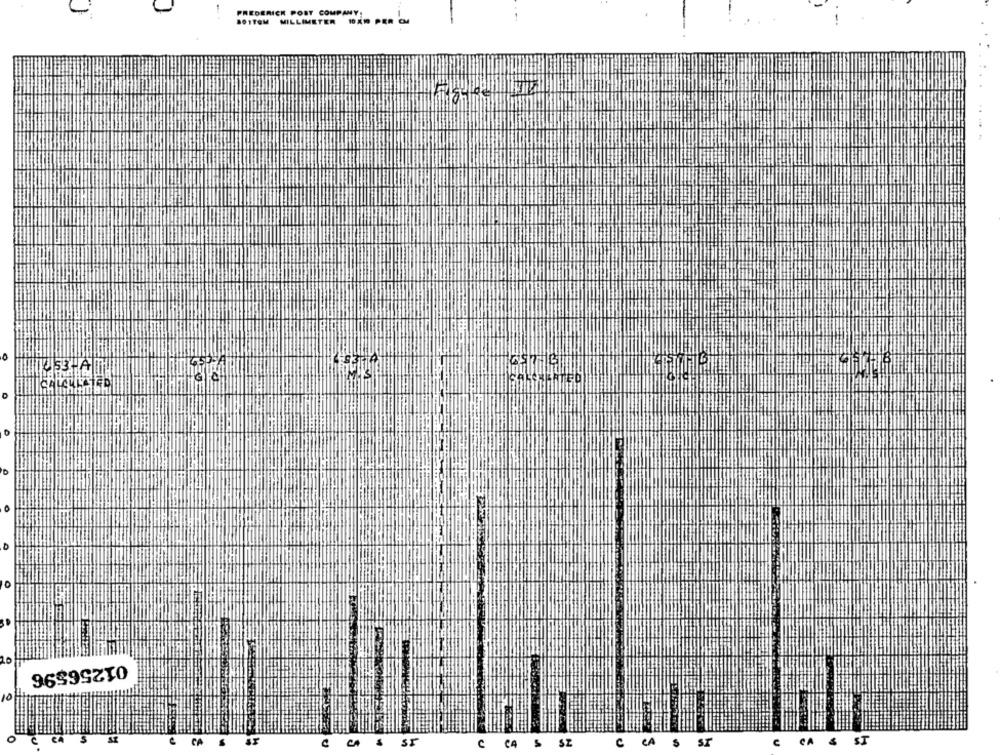
FREDERICK POST COMPANY.
BOTTOM MILLIMETER 10X1 PER CM
--
0
01256596
10
CCA &
ST
CCA S
CA
SI
CA
C
CA
ST